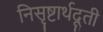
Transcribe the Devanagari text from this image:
निसृष्टार्थदूती